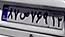
۸۷ص۷۶۹۱۳